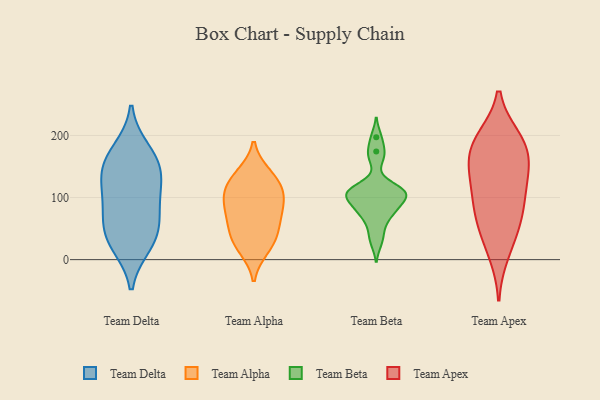
{"axis": {"x": "Satisfaction Score", "y": "Value"}, "legend": ["Team Alpha", "Team Apex", "Team Beta", "Team Delta"], "data": [{"x": "", "y": 91, "type": "Team Delta"}, {"x": "", "y": 39, "type": "Team Delta"}, {"x": "", "y": 25, "type": "Team Delta"}, {"x": "", "y": 158, "type": "Team Delta"}, {"x": "", "y": 109, "type": "Team Delta"}, {"x": "", "y": 146, "type": "Team Delta"}, {"x": "", "y": 175, "type": "Team Delta"}, {"x": "", "y": 38, "type": "Team Delta"}, {"x": "", "y": 137, "type": "Team Delta"}, {"x": "", "y": 71, "type": "Team Delta"}, {"x": "", "y": 122, "type": "Team Alpha"}, {"x": "", "y": 73, "type": "Team Alpha"}, {"x": "", "y": 53, "type": "Team Alpha"}, {"x": "", "y": 95, "type": "Team Alpha"}, {"x": "", "y": 103, "type": "Team Alpha"}, {"x": "", "y": 37, "type": "Team Alpha"}, {"x": "", "y": 137, "type": "Team Alpha"}, {"x": "", "y": 70, "type": "Team Alpha"}, {"x": "", "y": 26, "type": "Team Alpha"}, {"x": "", "y": 100, "type": "Team Alpha"}, {"x": "", "y": 18, "type": "Team Alpha"}, {"x": "", "y": 131, "type": "Team Alpha"}, {"x": "", "y": 174, "type": "Team Beta"}, {"x": "", "y": 72, "type": "Team Beta"}, {"x": "", "y": 115, "type": "Team Beta"}, {"x": "", "y": 111, "type": "Team Beta"}, {"x": "", "y": 72, "type": "Team Beta"}, {"x": "", "y": 111, "type": "Team Beta"}, {"x": "", "y": 110, "type": "Team Beta"}, {"x": "", "y": 47, "type": "Team Beta"}, {"x": "", "y": 197, "type": "Team Beta"}, {"x": "", "y": 107, "type": "Team Beta"}, {"x": "", "y": 28, "type": "Team Beta"}, {"x": "", "y": 84, "type": "Team Beta"}, {"x": "", "y": 97, "type": "Team Beta"}, {"x": "", "y": 163, "type": "Team Beta"}, {"x": "", "y": 88, "type": "Team Beta"}, {"x": "", "y": 104, "type": "Team Beta"}, {"x": "", "y": 187, "type": "Team Apex"}, {"x": "", "y": 172, "type": "Team Apex"}, {"x": "", "y": 131, "type": "Team Apex"}, {"x": "", "y": 84, "type": "Team Apex"}, {"x": "", "y": 158, "type": "Team Apex"}, {"x": "", "y": 61, "type": "Team Apex"}, {"x": "", "y": 194, "type": "Team Apex"}, {"x": "", "y": 138, "type": "Team Apex"}, {"x": "", "y": 42, "type": "Team Apex"}, {"x": "", "y": 82, "type": "Team Apex"}, {"x": "", "y": 191, "type": "Team Apex"}, {"x": "", "y": 113, "type": "Team Apex"}, {"x": "", "y": 11, "type": "Team Apex"}]}